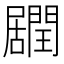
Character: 𨶽